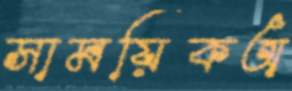
সাময়িকঅ